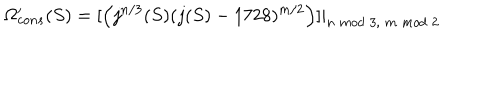
\Omega _ { c o n s } ^ { \prime } ( S ) = [ \left( j ^ { n / 3 } ( S ) ( j ( S ) - 1 7 2 8 ) ^ { m / 2 } \right) ] | _ { n \; m o d \; 3 , \; m \; m o d \; 2 }